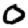
Digit: 0